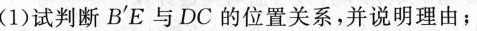
(1)试判断B'E与DC的位置关系，并说明理由；